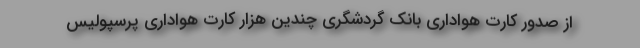
از صدور کارت هواداری بانک گردشگری چندین هزار کارت هواداری پرسپولیس